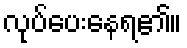
လုပ်ပေးနေရ၏။